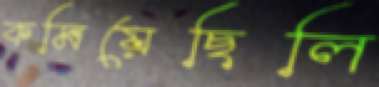
কমিয়েছিলি